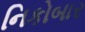
નિકોબાર